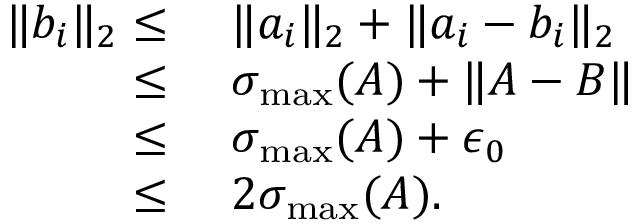
\begin{array} { r l } { \| b _ { i } \| _ { 2 } \leq } & { ~ \| a _ { i } \| _ { 2 } + \| a _ { i } - b _ { i } \| _ { 2 } } \\ { \leq } & { ~ \sigma _ { \operatorname* { m a x } } ( A ) + \| A - B \| } \\ { \leq } & { ~ \sigma _ { \operatorname* { m a x } } ( A ) + \epsilon _ { 0 } } \\ { \leq } & { ~ 2 \sigma _ { \operatorname* { m a x } } ( A ) . } \end{array}